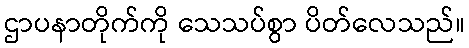
ဌာပနာတိုက်ကို သေသပ်စွာ ပိတ်လေသည်။